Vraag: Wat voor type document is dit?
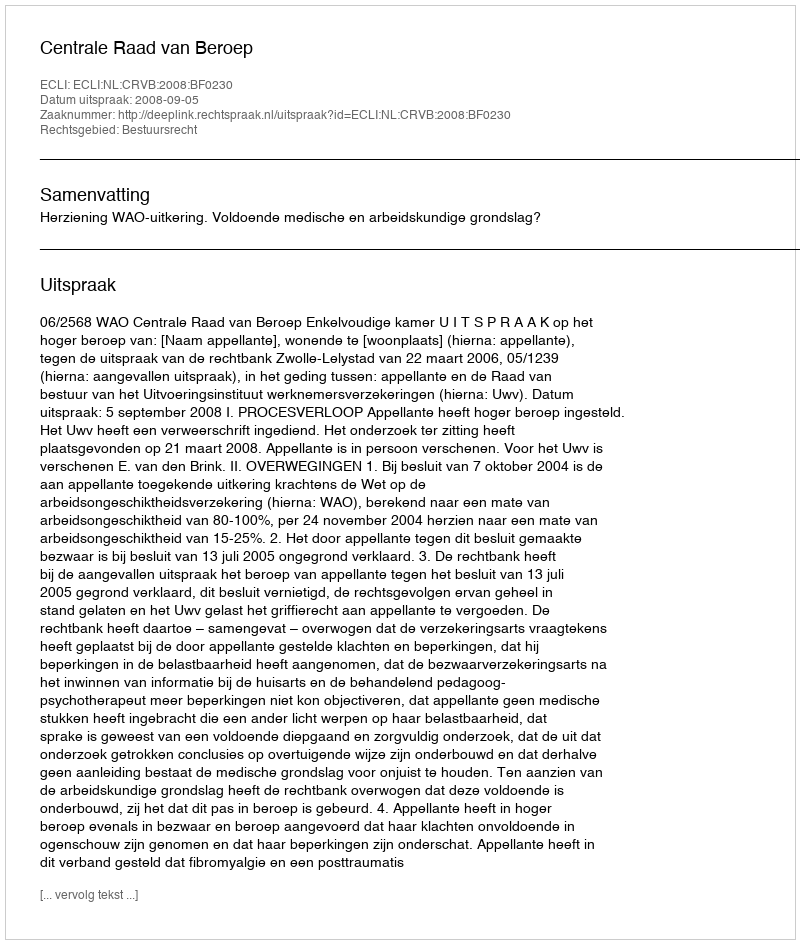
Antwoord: Uitspraak